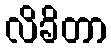
လိခိတာ